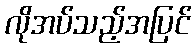
လိုအပ်သည့်အပြင်